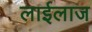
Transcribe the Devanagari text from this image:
लाईलाज